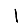
Digit: 1